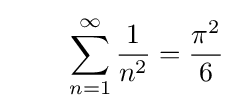
\qquad \sum _{n=1}^{\infty }{\frac {1}{n^{2}}}={\frac {\pi ^{2}}{6}}